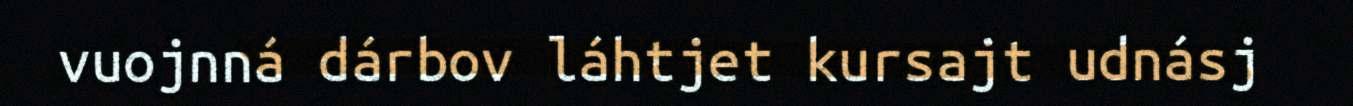
vuojnná dárbov láhtjet kursajt udnásj